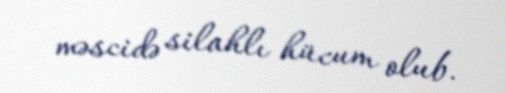
məscidə silahlı hücum olub.